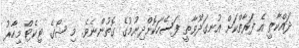
ދައްކާތީީ އެ ފަރާތްކަށް އުނގަދޫވާތީ ފަސޭހަކޮށްދިނުމުގެ ގޮތުންނެވެ. މި ޝޯގެ ޓިކެޓް މިހާރު